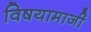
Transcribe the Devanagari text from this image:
विषयामाजीं